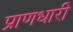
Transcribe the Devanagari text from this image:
प्राणधारी